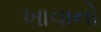
ખાવાનો